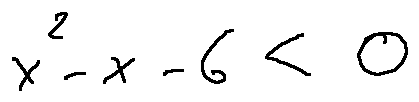
x ^ { 2 } - x - 6 < 0